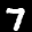
Label: 7